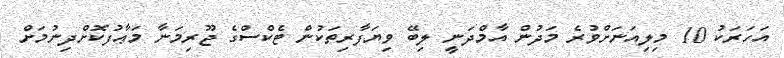
އަހަރަކު 10 މިލިއަނަށްވުރެ މަދުން އާމްދަނީ ލިބޭ ވިޔަފާރިތަކުން ޓެކްސްގެ ޖޫރިމަނާ މަޢާފުކޮށްދިނުމަށް